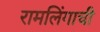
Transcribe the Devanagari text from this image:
रामलिंगाची